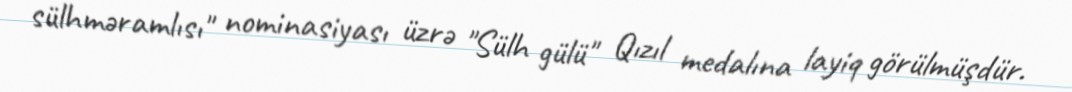
sülhməramlısı" nominasiyası üzrə "Sülh gülü" Qızıl medalına layiq görülmüşdür.